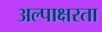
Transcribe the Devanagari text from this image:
अल्पाक्षरता